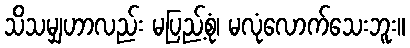
သိသမျှဟာလည်း မပြည့်စုံ၊ မလုံလောက်သေးဘူး။